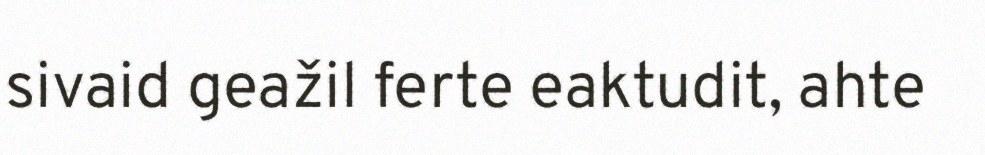
sivaid geažil ferte eaktudit, ahte